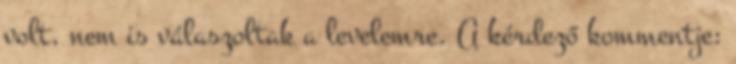
volt, nem is válaszoltak a levelemre. A kérdező kommentje: